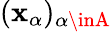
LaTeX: (\mathbf{x}_{\alpha})_{\alpha\inA}